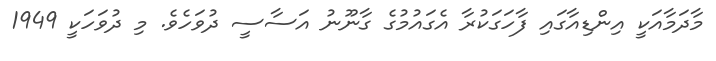
މާދަމާއަކީ އިންޑިއާގައި ފާހަގަކުރާ އެގައުމުގެ ގާނޫނު އަސާސީ ދުވަހެވެ. މި ދުވަހަކީ 1949